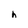
Character: h